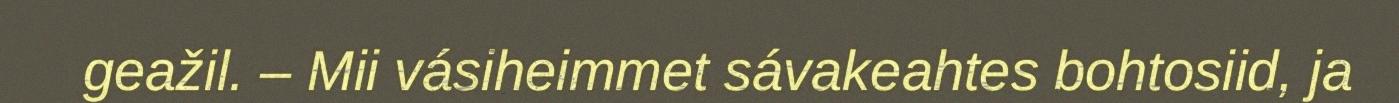
geažil. – Mii vásiheimmet sávakeahtes bohtosiid, ja